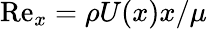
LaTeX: \mathrm{Re}_{x}=\rho U(x)x/\mu